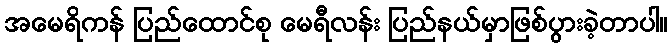
အမေရိကန် ပြည်ထောင်စု မေရီလန်း ပြည်နယ်မှာဖြစ်ပွားခဲ့တာပါ။